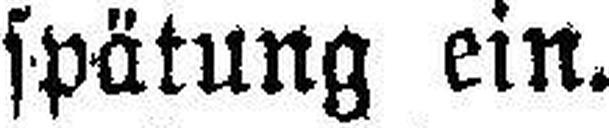
spätung ein.